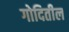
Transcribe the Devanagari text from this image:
गोदितील